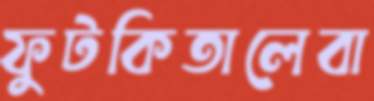
ফুটকিতালেবা